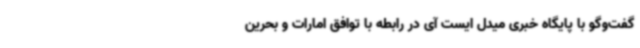
گفت‌وگو با پایگاه خبری میدل ایست آی در رابطه با توافق امارات و بحرین